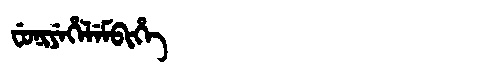
Manchu: ᠸᡠᠨᡳᠶᡝᡥᡝᠯᡝᠮᠪᡳᡥᡝ
Romanization: FUNIYEHELEMBIHE